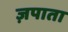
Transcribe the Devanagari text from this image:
ज़पाता